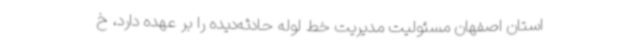
استان اصفهان مسئولیت مدیریت خط لوله حادثه‌دیده را بر عهده دارد، خ